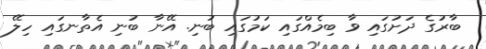
ބާރުގެ ދަށުގައި ވާ ބިމެއްގައި ކަމުގައި ބުނި. އޭނާ ބުނި އެތާނގައި ހިލޭ